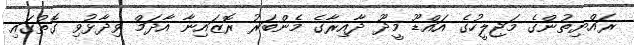
ރައްޔިތުންގެ މަޖިލީހުގެ އައްޑޫ މީދޫ ދާއިރާގެ މެންބަރު ރޮޒައިނާ އާދަމް ވިދާޅުވި ގޮތުގައި